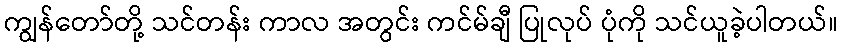
ကျွန်တော်တို့ သင်တန်း ကာလ အတွင်း ကင်မ်ချီ ပြုလုပ် ပုံကို သင်ယူခဲ့ပါတယ်။